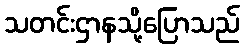
သတင်းဌာနသို့ပြောသည်